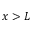
x > L